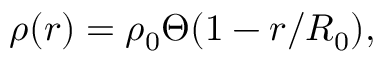
\rho ( r ) = \rho _ { 0 } \Theta ( 1 - r / R _ { 0 } ) ,